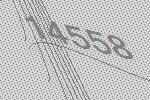
14558